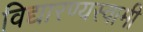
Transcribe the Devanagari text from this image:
विद्यारण्यस्वामी